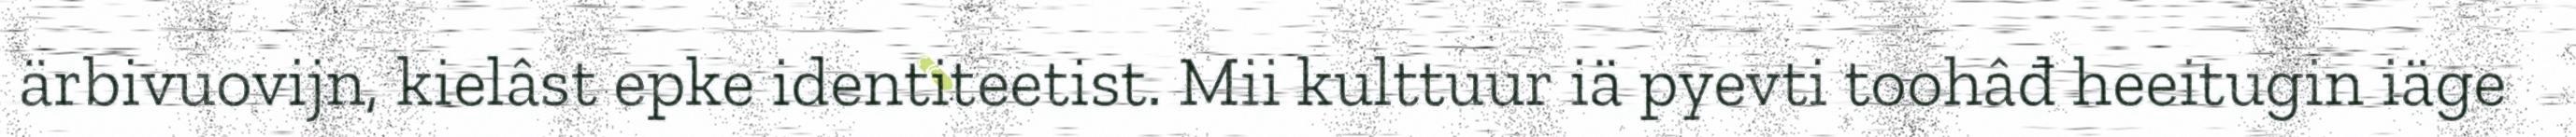
ärbivuovijn, kielâst epke identiteetist. Mii kulttuur iä pyevti toohâđ heeitugin iäge